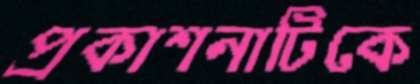
প্রকাশনাটিকে